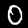
Digit: 0